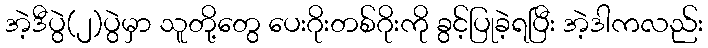
အဲ့ဒီပွဲ(၂)ပွဲမှာ သူတို့တွေ ပေးဂိုးတစ်ဂိုးကို ခွင့်ပြုခဲ့ရပြီး အဲ့ဒါကလည်း